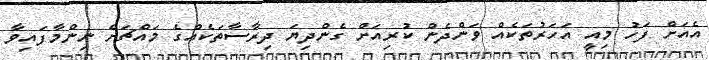
އެއަށް ފަހު މިއީ އަހަރުތަކެއް ވަންދެން ކުރިއަށް ގެންދިޔަ ދިރާސާތަކެއްގެ މައްޗަށް ނިންމާފައިވާ